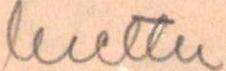
luettu